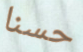
حسنا